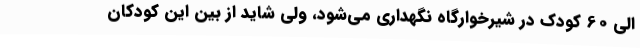
الی 60 کودک در شیرخوارگاه نگهداری می‌شود، ولی شاید از بین این کودکان